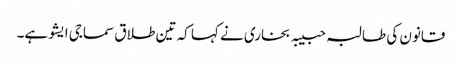
قانون کی طالبہ حبیبہ بخاری نے کہا کہ تین طلاق سماجی ایشو ہے۔